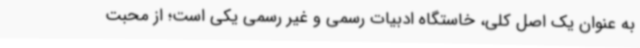
به عنوان یک اصل کلی، خاستگاه ادبیات رسمی و غیر رسمی یکی است؛ از محبت